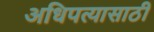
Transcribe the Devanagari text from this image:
अधिपत्यासाठी